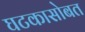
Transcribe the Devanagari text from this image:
घटकासोबत